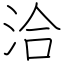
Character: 洽